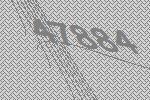
47884